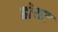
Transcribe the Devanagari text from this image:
होयट